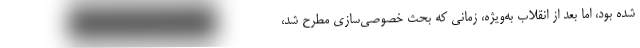
شده بود، اما بعد از انقلاب به‌ویژه، زمانی که بحث خصوصی‌سازی مطرح شد،